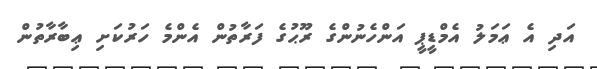
އަދި އެ ޢަމަލު އެމްޑީޕީ އަންހެނުންގެ ރޫޙުގެ ފަރާތުން އެންމެ ހަރުކަށި ޢިބާރާތުން